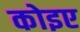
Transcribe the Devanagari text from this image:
कोइए